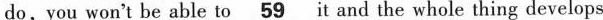
do,you won't be able to \underline59 it and the whole thing develops